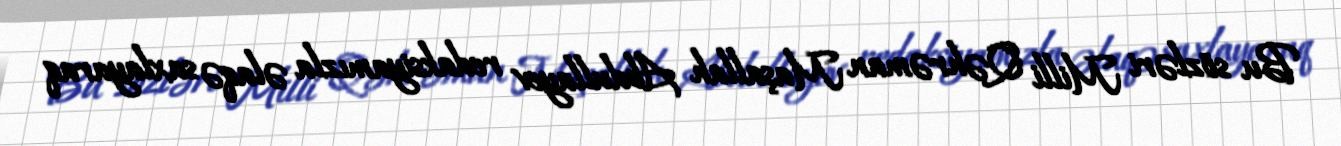
Bu sözləri Milli Qəhrəman Maşallah Abdullayev redaksiyamızla əlaqə saxlayaraq